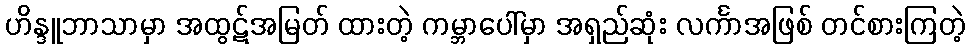
ဟိန္ဒူဘာသာမှာ အထွဋ်အမြတ် ထားတဲ့ ကမ္ဘာပေါ်မှာ အရှည်ဆုံး လင်္ကာအဖြစ် တင်စားကြတဲ့